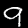
Label: 9